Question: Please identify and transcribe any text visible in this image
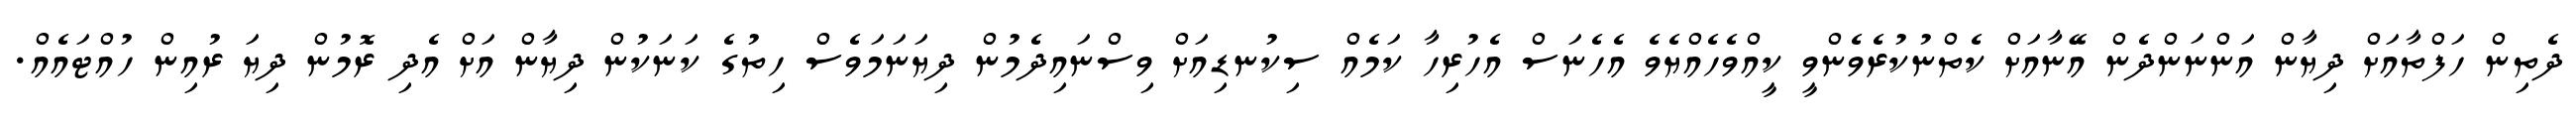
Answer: ދެތިން ހަފްތާއަށް ދިޔާން އަންނަންދެން އޭނާއަށް ކެތްނުކުރެވެންވީ ކީއްވެހެއްޔެވެ އެހެނަސް އެހުރިހާ ކަމެއް ސިކުނޑިއަށް ވިސްނައިދެމުން ދިޔަނަމަވެސް ހިތުގެ ކަނަކުން ދިޔާން އަށް އެދި ރޮމުން ދިޔަ ރުއިން ހުއްޓައެއް.